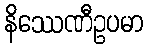
နိဿေဏီဥပမာ